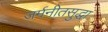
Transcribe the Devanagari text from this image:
जर्मनीतसुद्धा